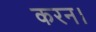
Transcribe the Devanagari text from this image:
करन।